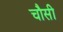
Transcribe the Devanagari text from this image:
चौसी